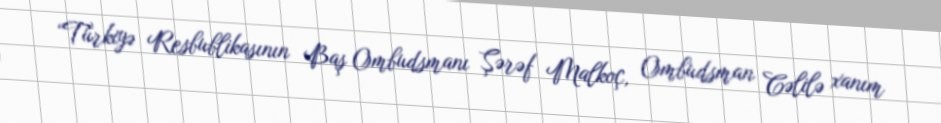
“Türkiyə Resbublikasının Baş Ombudsmanı Şərəf Malkoç, Ombudsman Cəlilə xanım